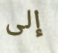
إلى